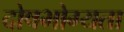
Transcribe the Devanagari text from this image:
दोषभोग्यता